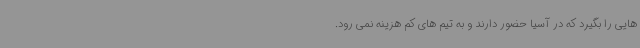
هایی را بگیرد که در آسیا حضور دارند و به تیم های کم هزینه نمی رود.